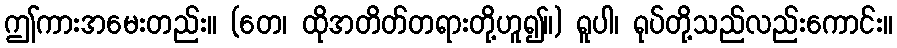
ဤကားအမေးတည်း။ (တေ၊ ထိုအတိတ်တရားတို့ဟူ၍။) ရူပါ၊ ရုပ်တို့သည်လည်းကောင်း။